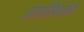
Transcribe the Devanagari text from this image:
अंगांविषयीची